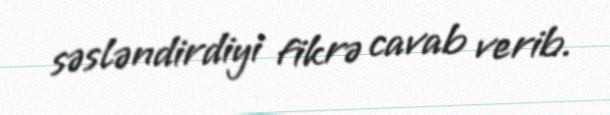
səsləndirdiyi fikrə cavab verib.